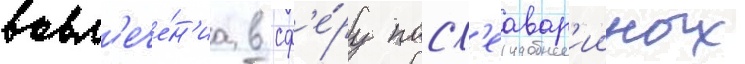
вовл'ече́н'иа в сф'е́ру посл'еавар'ииных